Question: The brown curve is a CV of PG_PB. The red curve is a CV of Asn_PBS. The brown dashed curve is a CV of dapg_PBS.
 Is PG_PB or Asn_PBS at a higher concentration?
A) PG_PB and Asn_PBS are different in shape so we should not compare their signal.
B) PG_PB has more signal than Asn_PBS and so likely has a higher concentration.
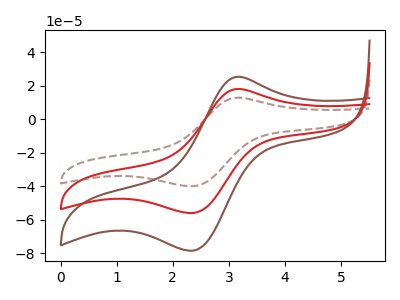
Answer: <think>The brown curve "PG_PB" has an anodic peak at (3.15V, 25.40uA) and a cathodic peak at (2.35V, -78.35uA). The red curve "Asn_PBS" has an anodic peak at (3.15V, 18.15uA) and a cathodic peak at (2.35V, -55.85uA). The brown dashed curve "dapg_PBS" has an anodic peak at (3.15V, 36.25uA) and a cathodic peak at (2.35V, -111.75uA).
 All the peaks in "PG_PB" have a peak in "Asn_PBS" at the same potential. Every peak in "PG_PB" is higher than every peak in "Asn_PBS".</think>
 <answer>B) "PG_PB" has more signal than "Asn_PBS" and so likely has a higher concentration.</answer>
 <eval>B</eval>